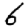
Digit: 6